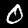
Digit: 0